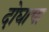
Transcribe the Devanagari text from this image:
दोघाचा